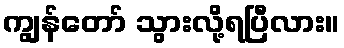
ကျွန်တော် သွားလို့ရပြီလား။